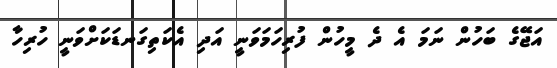
އަޖޭގެ ބަހުން ނަމަ އެ ދެ މީހުން ފުރިހަމަވަނީ އަދި އެކަތިގަނޑަކަށްވަނީ ހުރިހާ